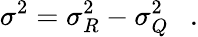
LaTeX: \sigma^{2}=\sigma_{R}^{2}-\sigma_{Q}^{2}~~~.